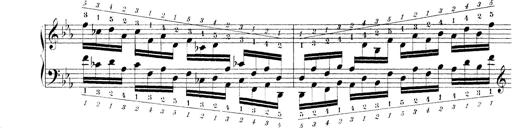
Title: Technische Studien
Composer: Franz Liszt